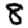
Digit: 8